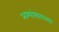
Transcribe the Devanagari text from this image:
अश्यांसारख्या